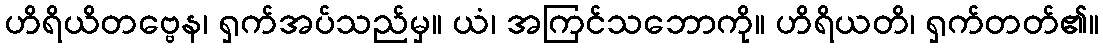
ဟိရိယိတဗ္ဗေန၊ ရှက်အပ်သည်မှ။ ယံ၊ အကြင်သဘောကို။ ဟိရိယတိ၊ ရှက်တတ်၏။